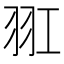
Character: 羾